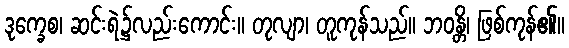
ဒုက္ခေစ၊ ဆင်းရဲ၌လည်းကောင်း။ တုလျာ၊ တူကုန်သည်။ ဘဝန္တိ၊ ဖြစ်ကုန်၏။